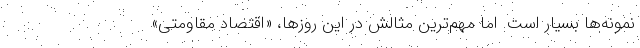
نمونه‌ها بسیار است. اما مهم‌ترین مثالش در این روزها، «اقتصاد مقاومتی»